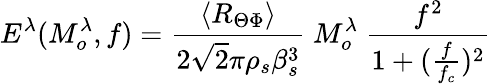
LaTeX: E^{\lambda}(M_{o}^{\lambda},f)=\frac{\langle R_{\Theta\Phi}\rangle}{2\sqrt{2}\pi\rho_{s}\beta_{s}^{3}}~M_{o}^{\lambda}~\frac{f^{2}}{1+(\frac{f}{f_{c}})^{2}}